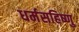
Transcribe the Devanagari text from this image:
धर्मसहिष्णु